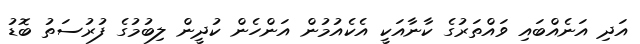
އަދި އަނެއްބައި ވައްތަރުގެ ކާނާއަކީ އެކެއުމުން އަންހެން ކުދީން ލިބުމުގެ ފުރުސަތު ބޮޑު